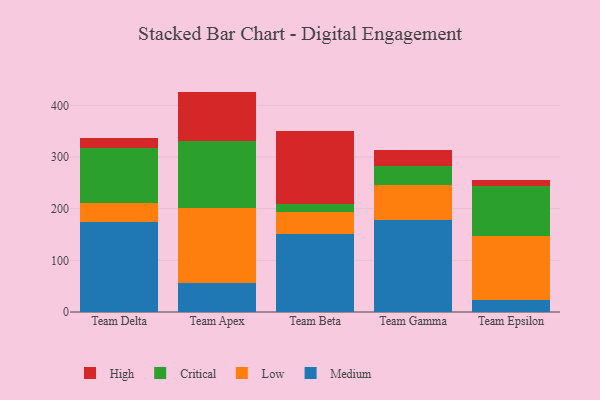
{"axis": {"x": "Team", "y": "Net Income (USD K)"}, "legend": ["Critical", "High", "Low", "Medium"], "data": [{"x": "Team Delta", "y": 174.1, "type": "Medium"}, {"x": "Team Delta", "y": 37.1, "type": "Low"}, {"x": "Team Delta", "y": 105.4, "type": "Critical"}, {"x": "Team Delta", "y": 21.2, "type": "High"}, {"x": "Team Apex", "y": 56.3, "type": "Medium"}, {"x": "Team Apex", "y": 144.3, "type": "Low"}, {"x": "Team Apex", "y": 131.3, "type": "Critical"}, {"x": "Team Apex", "y": 94.8, "type": "High"}, {"x": "Team Beta", "y": 151.8, "type": "Medium"}, {"x": "Team Beta", "y": 41.2, "type": "Low"}, {"x": "Team Beta", "y": 17.0, "type": "Critical"}, {"x": "Team Beta", "y": 140.1, "type": "High"}, {"x": "Team Gamma", "y": 178.3, "type": "Medium"}, {"x": "Team Gamma", "y": 68.5, "type": "Low"}, {"x": "Team Gamma", "y": 36.1, "type": "Critical"}, {"x": "Team Gamma", "y": 30.5, "type": "High"}, {"x": "Team Epsilon", "y": 24.2, "type": "Medium"}, {"x": "Team Epsilon", "y": 122.8, "type": "Low"}, {"x": "Team Epsilon", "y": 97.8, "type": "Critical"}, {"x": "Team Epsilon", "y": 11.7, "type": "High"}]}